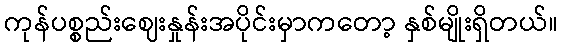
ကုန်ပစ္စည်းဈေးနှုန်းအပိုင်းမှာကတော့ နှစ်မျိုးရှိတယ်။